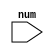
module even_number(                      // Module declaration named even_number
  input  [31:0]num);                    // Input port num, 32-bit wide

always @(*)                             // Always block sensitive to any change in input
  begin
    if(num%2==0)                        // Condition to check if num is divisible by 2
       $display("The number is a even number",num);  // Display message if num is even
    else
      $display("The number is a odd number",num);    // Display message if num is odd
   end 
endmodule